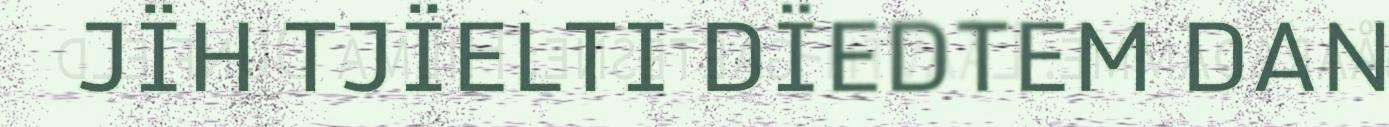
JÏH TJÏELTI DÏEDTEM DAN